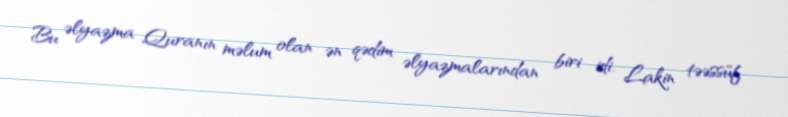
Bu əlyazma Quranın məlum olan ən qədim əlyazmalarından biri idi. Lakin təəssüf